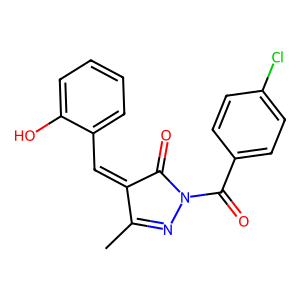
SMILES: CC1=NN(C(=O)c2ccc(Cl)cc2)C(=O)C1=Cc1ccccc1O
Inhibits HIV replication: No